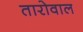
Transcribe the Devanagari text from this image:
तारोवाल